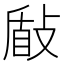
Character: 𭣽